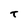
Character: T